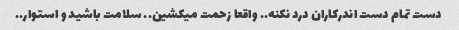
دست تمام دست اندرکاران درد نکنه.. واقعا زحمت میکشین.. سلامت باشید و استوار..